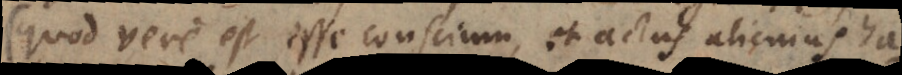
(quod vere est esse conscium, et actus alicujus ha